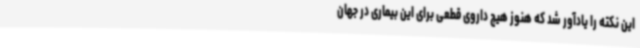
این نکته را یادآور شد که هنوز هیچ داروی قطعی برای این بیماری در جهان